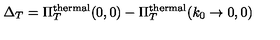
\Delta _ { T } = \Pi _ { T } ^ { \mathrm { t h e r m a l } } ( 0 , 0 ) - \Pi _ { T } ^ { \mathrm { t h e r m a l } } ( k _ { 0 } \rightarrow 0 , 0 )